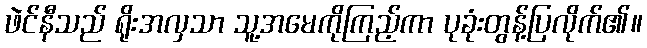
ဖဲင်နီသည် ရိုးအလှသာ သူ့အမေကိုကြည့်ကာ ပုခုံးတွန့်ပြလိုက်၏။